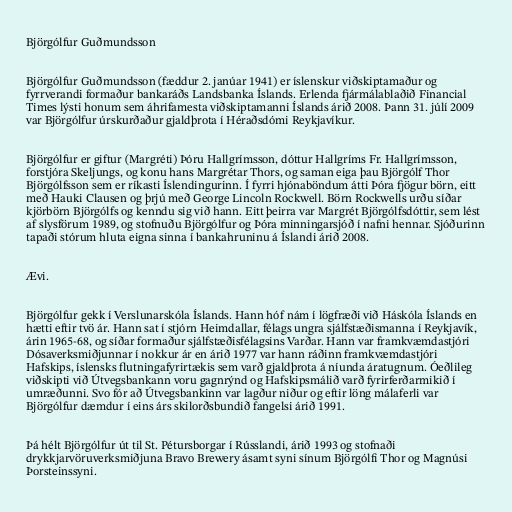
Björgólfur Guðmundsson

Björgólfur Guðmundsson (fæddur 2. janúar 1941) er íslenskur viðskiptamaður og
fyrrverandi formaður bankaráðs Landsbanka Íslands. Erlenda fjármálablaðið Financial
Times lýsti honum sem áhrifamesta viðskiptamanni Íslands árið 2008. Þann 31. júlí 2009
var Björgólfur úrskurðaður gjaldþrota í Héraðsdómi Reykjavíkur.

Björgólfur er giftur (Margréti) Þóru Hallgrímsson, dóttur Hallgríms Fr. Hallgrímsson,
forstjóra Skeljungs, og konu hans Margrétar Thors, og saman eiga þau Björgólf Thor
Björgólfsson sem er ríkasti Íslendingurinn. Í fyrri hjónaböndum átti Þóra fjögur börn, eitt
með Hauki Clausen og þrjú með George Lincoln Rockwell. Börn Rockwells urðu síðar
kjörbörn Björgólfs og kenndu sig við hann. Eitt þeirra var Margrét Björgólfsdóttir, sem lést
af slysförum 1989, og stofnuðu Björgólfur og Þóra minningarsjóð í nafni hennar. Sjóðurinn
tapaði stórum hluta eigna sinna í bankahruninu á Íslandi árið 2008.

Ævi.

Björgólfur gekk í Verslunarskóla Íslands. Hann hóf nám í lögfræði við Háskóla Íslands en
hætti eftir tvö ár. Hann sat í stjórn Heimdallar, félags ungra sjálfstæðismanna í Reykjavík,
árin 1965-68, og síðar formaður sjálfstæðisfélagsins Varðar. Hann var framkvæmdastjóri
Dósaverksmiðjunnar í nokkur ár en árið 1977 var hann ráðinn framkvæmdastjóri
Hafskips, íslensks flutningafyrirtækis sem varð gjaldþrota á níunda áratugnum. Óeðlileg
viðskipti við Útvegsbankann voru gagnrýnd og Hafskipsmálið varð fyrirferðarmikið í
umræðunni. Svo fór að Útvegsbankinn var lagður niður og eftir löng málaferli var
Björgólfur dæmdur í eins árs skilorðsbundið fangelsi árið 1991.

Þá hélt Björgólfur út til St. Pétursborgar í Rússlandi, árið 1993 og stofnaði
drykkjarvöruverksmiðjuna Bravo Brewery ásamt syni sínum Björgólfi Thor og Magnúsi
Þorsteinssyni.